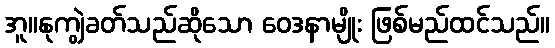
အူ။နုကျွဲခတ်သည်ဆိုသော ဝေဒနာမျိုး ဖြစ်မည်ထင်သည်။